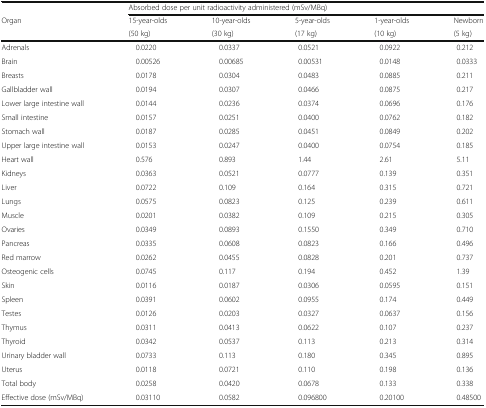
<table><thead><tr><td></td><td colspan="5"><b>Absorbed dose per unit radioactivity administered (mSv/MBq)</b></td></tr><tr><td rowspan="2"><b>Organ</b></td><td><b>15-year-olds</b></td><td><b>10-year-olds</b></td><td><b>5-year-olds</b></td><td><b>1-year-olds</b></td><td><b>Newborn</b></td></tr><tr><td><b>(50 kg)</b></td><td><b>(30 kg)</b></td><td><b>(17 kg)</b></td><td><b>(10 kg)</b></td><td><b>(5 kg)</b></td></tr></thead><tbody><tr><td>Adrenals</td><td>0.0220</td><td>0.0337</td><td>0.0521</td><td>0.0922</td><td>0.212</td></tr><tr><td>Brain</td><td>0.00526</td><td>0.00685</td><td>0.00531</td><td>0.0148</td><td>0.0333</td></tr><tr><td>Breasts</td><td>0.0178</td><td>0.0304</td><td>0.0483</td><td>0.0885</td><td>0.211</td></tr><tr><td>Gallbladder wall</td><td>0.0194</td><td>0.0307</td><td>0.0466</td><td>0.0875</td><td>0.217</td></tr><tr><td>Lower large intestine wall</td><td>0.0144</td><td>0.0236</td><td>0.0374</td><td>0.0696</td><td>0.176</td></tr><tr><td>Small intestine</td><td>0.0157</td><td>0.0251</td><td>0.0400</td><td>0.0762</td><td>0.182</td></tr><tr><td>Stomach wall</td><td>0.0187</td><td>0.0285</td><td>0.0451</td><td>0.0849</td><td>0.202</td></tr><tr><td>Upper large intestine wall</td><td>0.0153</td><td>0.0247</td><td>0.0400</td><td>0.0754</td><td>0.185</td></tr><tr><td>Heart wall</td><td>0.576</td><td>0.893</td><td>1.44</td><td>2.61</td><td>5.11</td></tr><tr><td>Kidneys</td><td>0.0363</td><td>0.0521</td><td>0.0777</td><td>0.139</td><td>0.351</td></tr><tr><td>Liver</td><td>0.0722</td><td>0.109</td><td>0.164</td><td>0.315</td><td>0.721</td></tr><tr><td>Lungs</td><td>0.0575</td><td>0.0823</td><td>0.125</td><td>0.239</td><td>0.611</td></tr><tr><td>Muscle</td><td>0.0201</td><td>0.0382</td><td>0.109</td><td>0.215</td><td>0.305</td></tr><tr><td>Ovaries</td><td>0.0349</td><td>0.0893</td><td>0.1550</td><td>0.349</td><td>0.710</td></tr><tr><td>Pancreas</td><td>0.0335</td><td>0.0608</td><td>0.0823</td><td>0.166</td><td>0.496</td></tr><tr><td>Red marrow</td><td>0.0262</td><td>0.0455</td><td>0.0828</td><td>0.201</td><td>0.737</td></tr><tr><td>Osteogenic cells</td><td>0.0745</td><td>0.117</td><td>0.194</td><td>0.452</td><td>1.39</td></tr><tr><td>Skin</td><td>0.0116</td><td>0.0187</td><td>0.0306</td><td>0.0595</td><td>0.151</td></tr><tr><td>Spleen</td><td>0.0391</td><td>0.0602</td><td>0.0955</td><td>0.174</td><td>0.449</td></tr><tr><td>Testes</td><td>0.0126</td><td>0.0203</td><td>0.0327</td><td>0.0637</td><td>0.156</td></tr><tr><td>Thymus</td><td>0.0311</td><td>0.0413</td><td>0.0622</td><td>0.107</td><td>0.237</td></tr><tr><td>Thyroid</td><td>0.0342</td><td>0.0537</td><td>0.113</td><td>0.213</td><td>0.314</td></tr><tr><td>Urinary bladder wall</td><td>0.0733</td><td>0.113</td><td>0.180</td><td>0.345</td><td>0.895</td></tr><tr><td>Uterus</td><td>0.0118</td><td>0.0721</td><td>0.110</td><td>0.198</td><td>0.136</td></tr><tr><td>Total body</td><td>0.0258</td><td>0.0420</td><td>0.0678</td><td>0.133</td><td>0.338</td></tr><tr><td>Effective dose (mSv/MBq)</td><td>0.03110</td><td>0.0582</td><td>0.096800</td><td>0.20100</td><td>0.48500</td></tr></tbody></table>